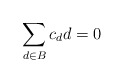
\begin{align*}\sum_{d\in B}c_d d=0\end{align*}